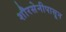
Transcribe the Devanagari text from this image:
शौरसेनीपासून